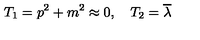
T _ { 1 } = p ^ { 2 } + m ^ { 2 } \approx 0 , \quad T _ { 2 } = \overline { { \lambda } }